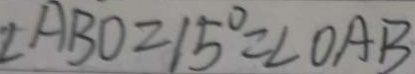
\angle A B D = 1 5 ^ { \circ } = \angle O A B